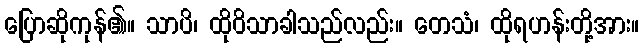
ပြောဆိုကုန်၏။ သာပိ၊ ထိုဝိသာခါသည်လည်း။ တေသံ၊ ထိုရဟန်းတို့အား။